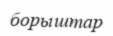
борыштар